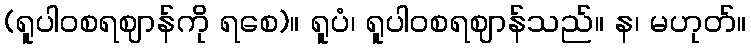
(ရူပါဝစရဈာန်ကို ရစေ)။ ရူပံ၊ ရူပါဝစရဈာန်သည်။ န၊ မဟုတ်။